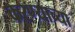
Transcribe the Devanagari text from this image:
करण्‍याच्‍या